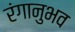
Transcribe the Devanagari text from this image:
रंगानुभव